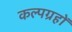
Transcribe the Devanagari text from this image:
कल्पग्रहों